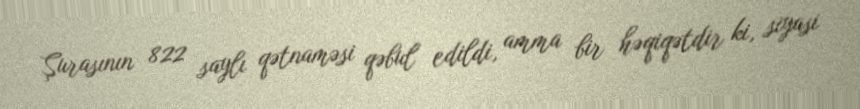
Şurasının 822 saylı qətnaməsi qəbul edildi, amma bir həqiqətdir ki, siyasi